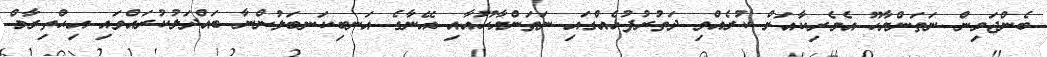
ބެންޖަމިން ނަތަންޔާހޫ އެމެރިކާއަށް ކުރެއްވި ދަތުރުފުޅެއްގައި ނަތަންޔާހޫއާއި އޭނާގެ އަނބިކަނބަލުންނާ ބައްދަލުކުރައްވައި އިޙްތިރާމް